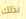
بذلك